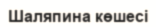
Шаляпина көшесі